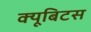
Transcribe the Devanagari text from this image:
क्यूबिटस